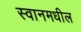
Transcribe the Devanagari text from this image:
स्वानमधील